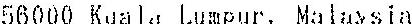
56000 KUALA LUMPUR, MALAYSIA